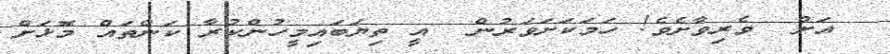
އަށް  ވެރިވާށެވެ! ހަމަކަށަވަރުން  އީ ތިޔަބައިމީހުންކުރާ ކަންތައް މޮޅަށް